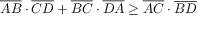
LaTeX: { \overline { { A B } } } \cdot { \overline { { C D } } } + { \overline { { B C } } } \cdot { \overline { { D A } } } \geq { \overline { { A C } } } \cdot { \overline { { B D } } }